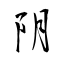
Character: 阴